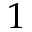
1